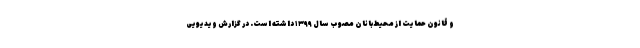
و قانون حمایت از محیط‌بانان مصوب سال ۱۳۹۹ داشته است. در گزارش ویدیویی